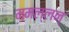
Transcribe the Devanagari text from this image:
ममल्लन्